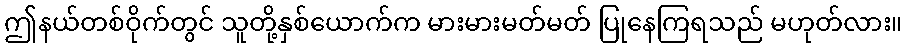
ဤနယ်တစ်ဝိုက်တွင် သူတို့နှစ်ယောက်က မားမားမတ်မတ် ပြုနေကြရသည် မဟုတ်လား။